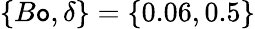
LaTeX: \{ B\mathtt{o},\delta\} =\{ 0.06,0.5\}